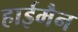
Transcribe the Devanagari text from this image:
हाईमैन